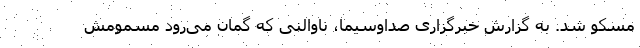
مسکو شد. به گزارش خبرگزاری صداوسیما، ناوالنی که گمان می‌رود مسمومش